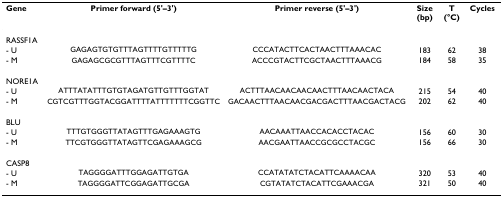
<table><thead><tr><td><b>Gene</b></td><td><b>Primer forward (5&#x27;–3&#x27;)</b></td><td><b>Primer reverse (5&#x27;–3&#x27;)</b></td><td><b>Size (bp)</b></td><td><b>T (°C)</b></td><td><b>Cycles</b></td></tr></thead><tbody><tr><td>RASSF1A</td><td></td><td></td><td></td><td></td><td></td></tr><tr><td>- U</td><td>GAGAGTGTGTTTAGTTTTGTTTTTG</td><td>CCCATACTTCACTAACTTTAAACAC</td><td>183</td><td>62</td><td>38</td></tr><tr><td>- M</td><td>GAGAGCGCGTTTAGTTTCGTTTTC</td><td>ACCCGTACTTCGCTAACTTTAAACG</td><td>184</td><td>58</td><td>35</td></tr><tr><td>NORE1A</td><td></td><td></td><td></td><td></td><td></td></tr><tr><td>- U</td><td>ATTTATATTTGTGTAGATGTTGTTTGGTAT</td><td>ACTTTAACAACAACAACTTTAACAACTACA</td><td>215</td><td>54</td><td>40</td></tr><tr><td>- M</td><td>CGTCGTTTGGTACGGATTTTATTTTTTTCGGTTC</td><td>GACAACTTTAACAACGACGACTTTAACGACTACG</td><td>202</td><td>62</td><td>40</td></tr><tr><td>BLU</td><td></td><td></td><td></td><td></td><td></td></tr><tr><td>- U</td><td>TTTGTGGGTTATAGTTTGAGAAAGTG</td><td>AACAAATTAACCACACCTACAC</td><td>156</td><td>60</td><td>30</td></tr><tr><td>- M</td><td>TTCGTGGGTTATAGTTCGAGAAAGCG</td><td>AACGAATTAACCGCGCCTACGC</td><td>156</td><td>66</td><td>30</td></tr><tr><td>CASP8</td><td></td><td></td><td></td><td></td><td></td></tr><tr><td>- U</td><td>TAGGGGATTTGGAGATTGTGA</td><td>CCATATATCTACATTCAAAACAA</td><td>320</td><td>53</td><td>40</td></tr><tr><td>- M</td><td>TAGGGGATTCGGAGATTGCGA</td><td>CGTATATCTACATTCGAAACGA</td><td>321</td><td>50</td><td>40</td></tr></tbody></table>